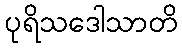
ပုရိသဒေါသာတိ